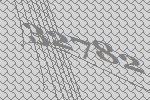
32782